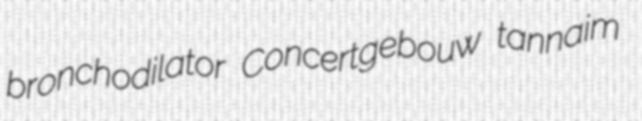
bronchodilator Concertgebouw tannaim